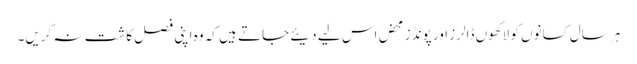
ہر سال کسانوں کو لاکھوں ڈالرز اور پونڈز محض اس لیے دیئے جاتے ہیں کہ وہ اپنی فصل کاشت نہ کریں۔